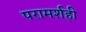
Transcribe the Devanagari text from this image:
परामर्शही